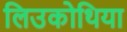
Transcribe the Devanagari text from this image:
लिउकोथिया